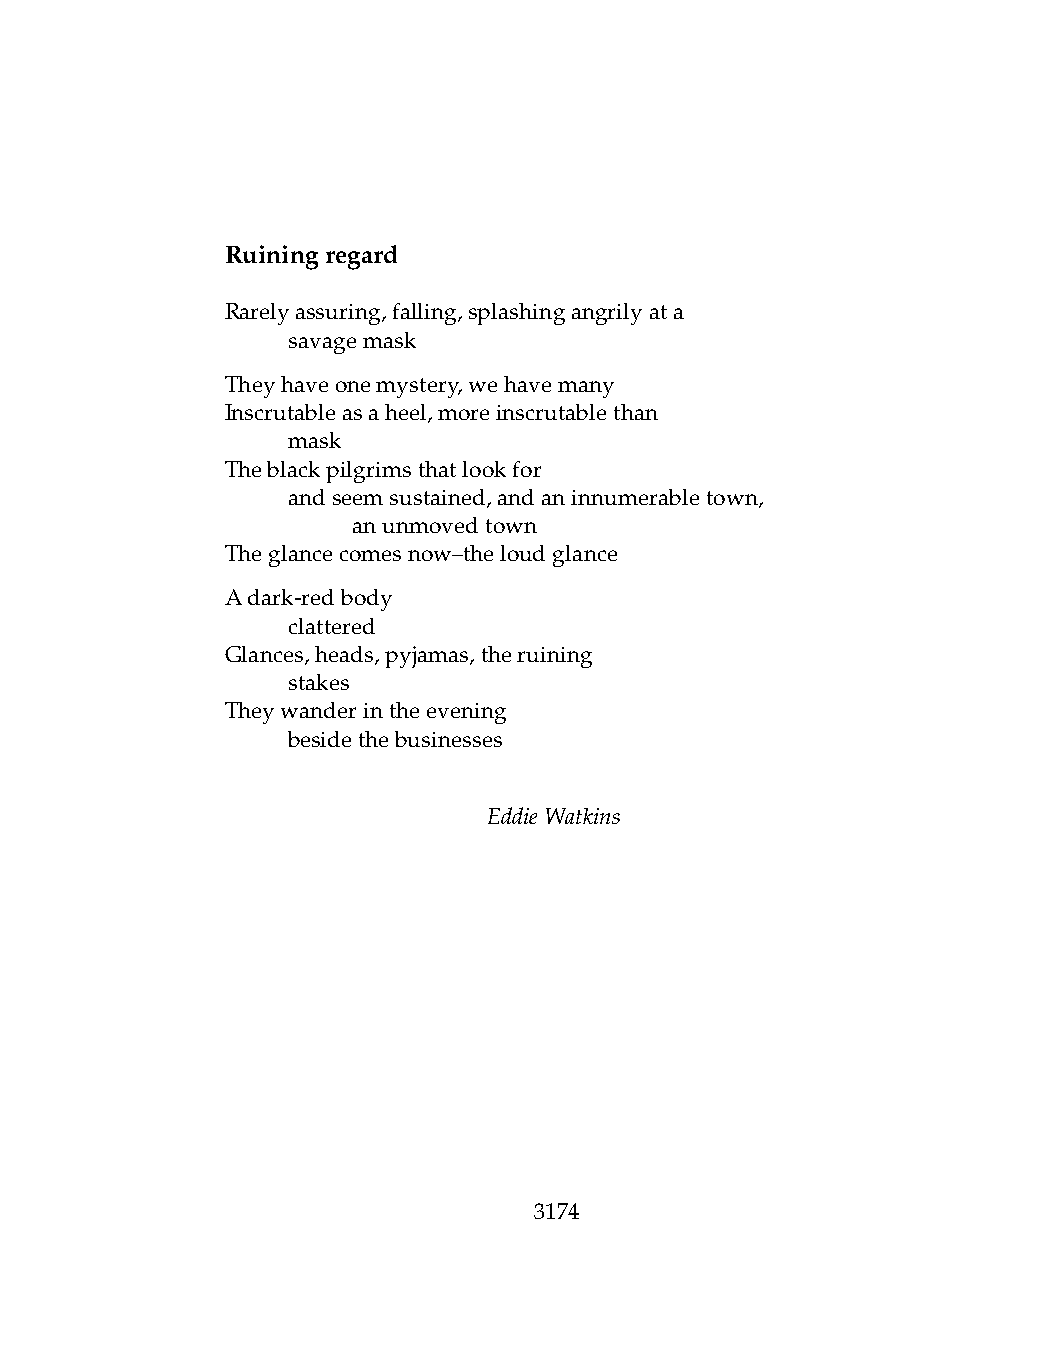
Ruiningregard
 Rarelyassuring,falling,splashingangrilyata
 .   savagemask
 Theyhaveonemystery,wehavemany
 Inscrutableasaheel,moreinscrutablethan
 .   mask
 Theblackpilgrimsthatlookfor
 .   andseemsustained,andaninnumerabletown,
 .   .   anunmovedtown
 Theglancecomesnow–theloudglance
 Adark-redbody
 .   clattered
 Glances,heads,pyjamas,theruining
 .   stakes
 Theywanderintheevening
 .   besidethebusinesses
 EddieWatkins
 3174